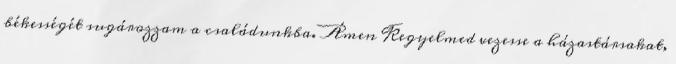
békességét sugározzam a családunkba. Ámen Kegyelmed vezesse a házastársakat,